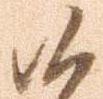
候